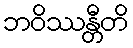
ဘဝိဿန္တီတိ